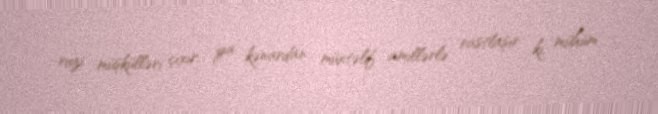
ruzi müşkülləri çıxır, ya kənardan müxtəlif amillərlə rastlaşır ki, mühüm